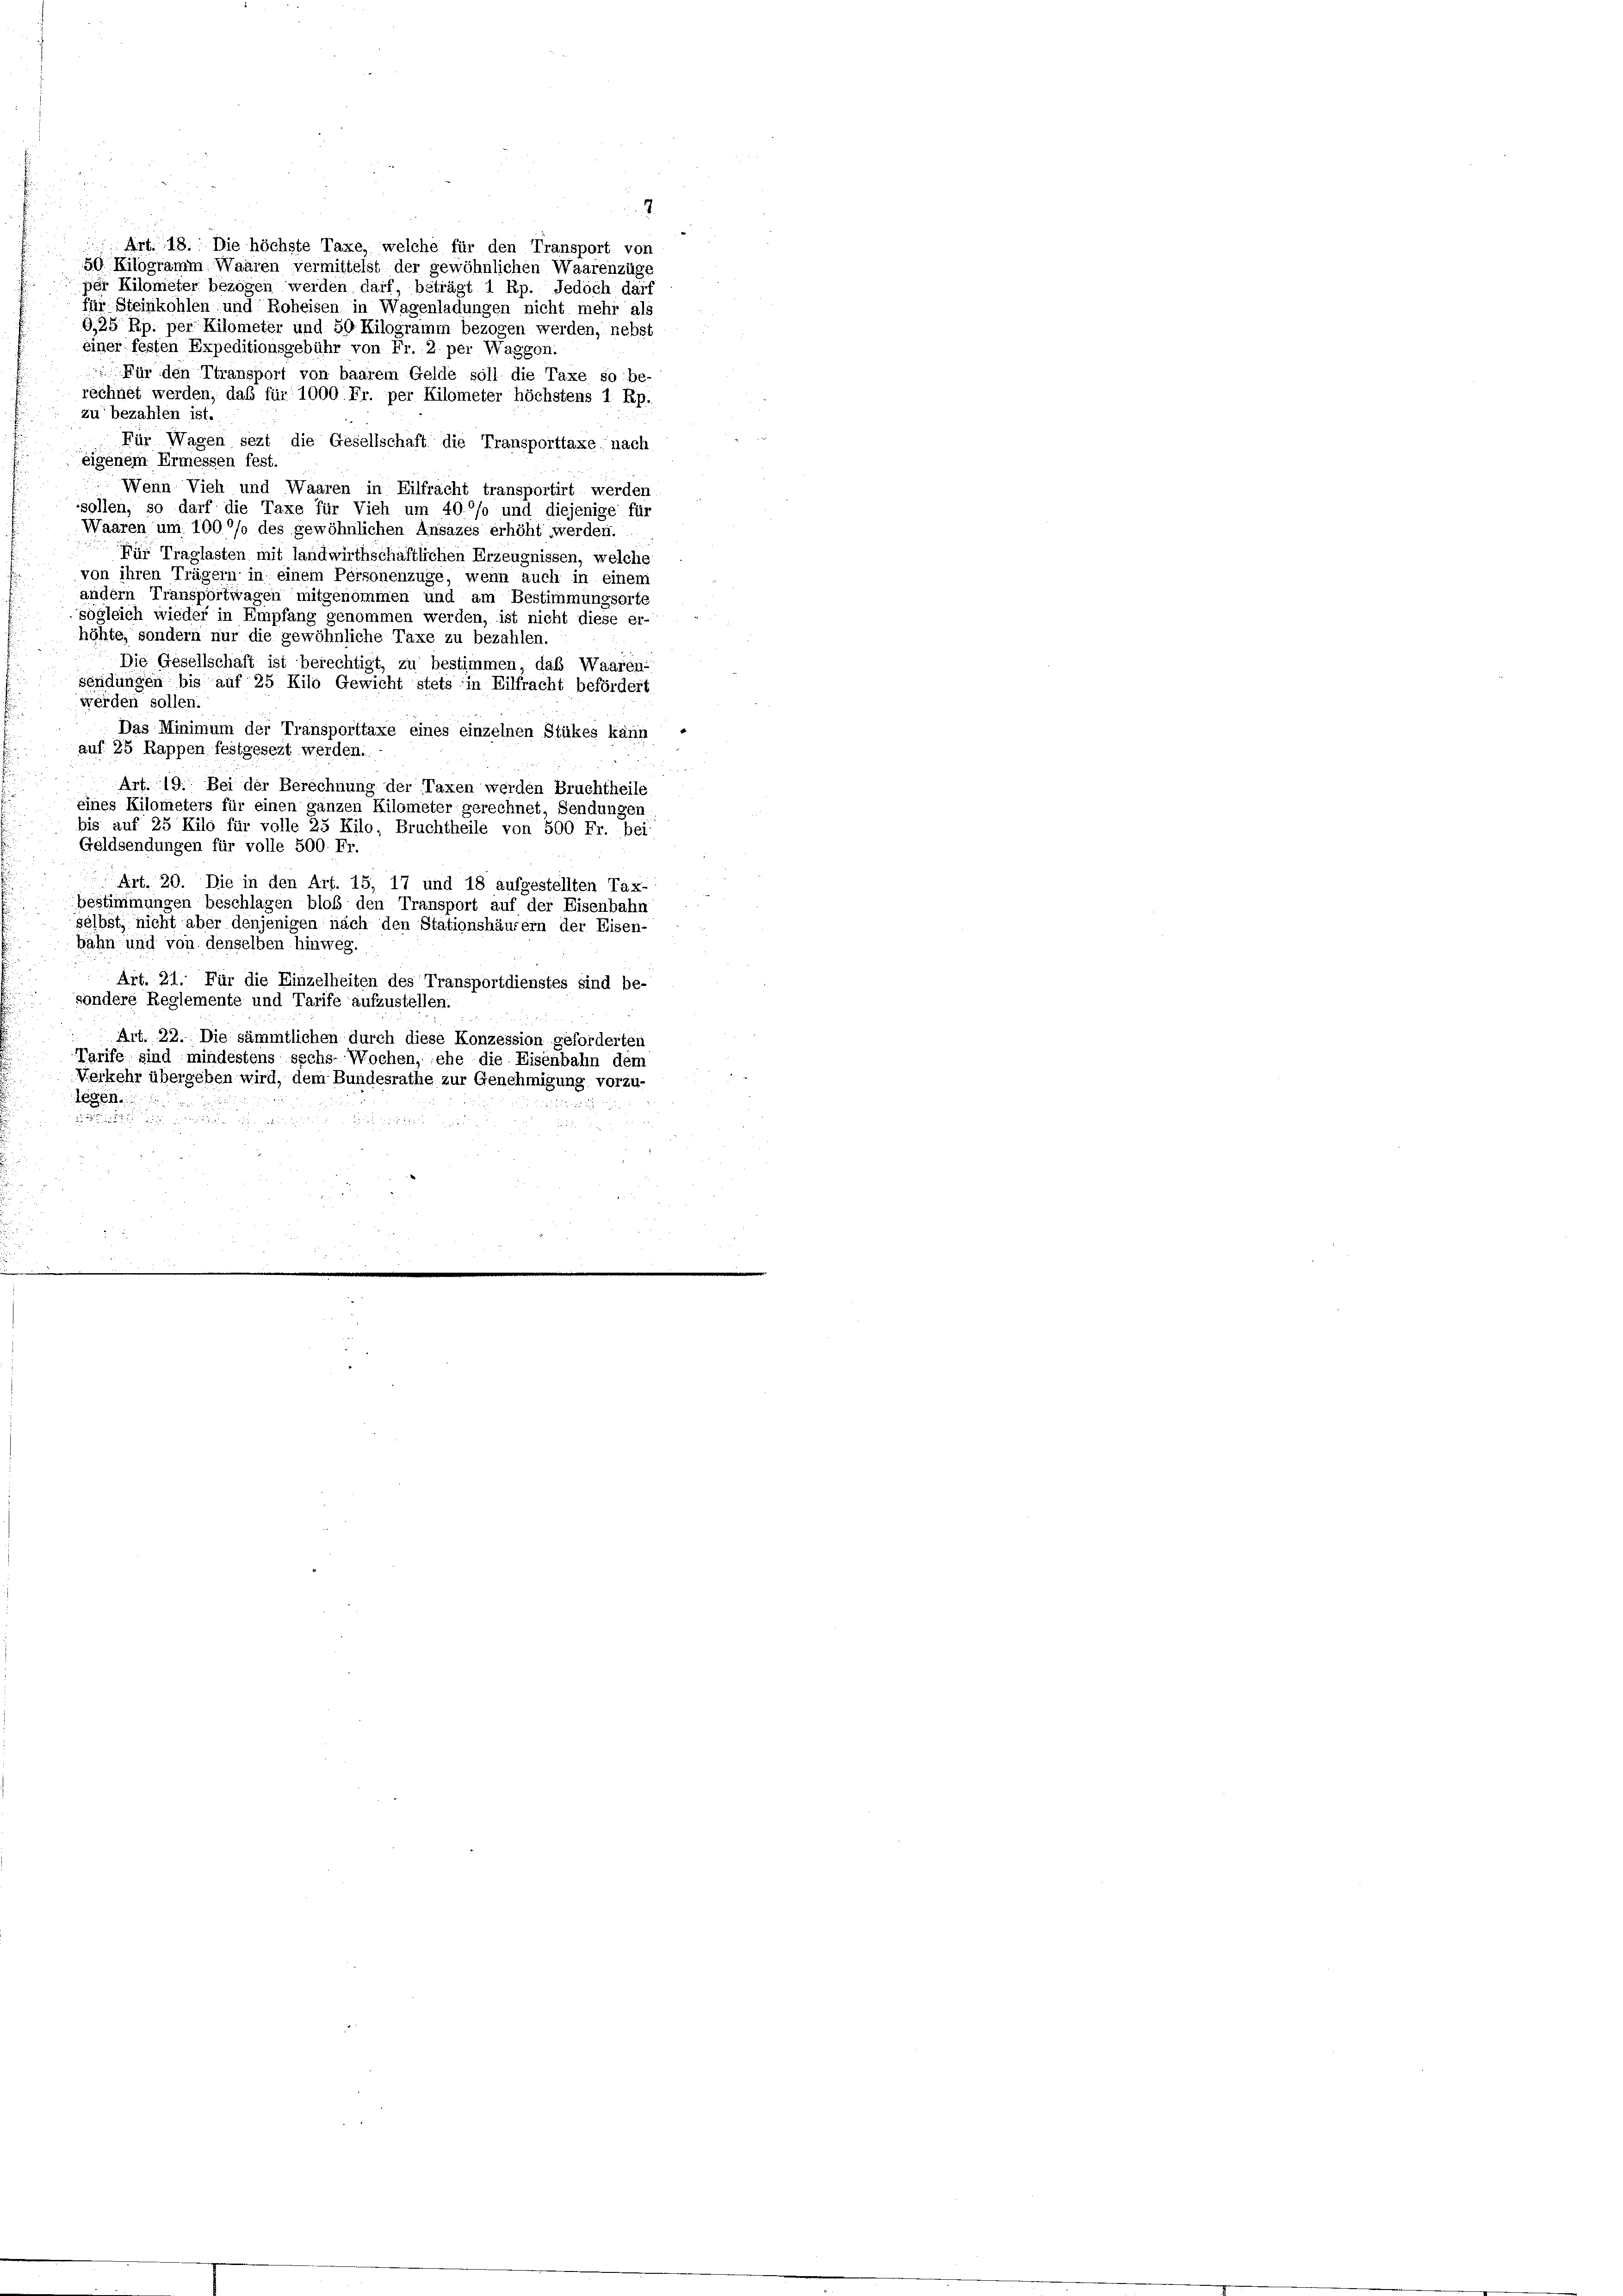
rechnet werden, daß für 1000 Fr. per Kilometer höchstens 1 Rp.
zu bezahlen ist.
Für Wagen sezt die Gesellschaft die Transporttaxe nach
eigenem Ermessen fest.
Wenn Vieh und Waaren in Eilfracht transportirt werden
sollen, so darf die Taxe für Vieh um 40°/o und diejenige für
Waaren um 100% des gewöhnlichen Ansazes erhöht werden.
Für Traglasten mit landwirthschaftlichen Erzeugnissen, welche
von ihren Trägern in einem Personenzuge, wenn auch in einem
andern Transportwagen mitgenommen und am Bestimmungsorte
sogleich wieder in Empfang genommen werden, ist nicht diese er-
höhte, sondern nur die gewöhnliche Taxe zu bezahlen.
Die Gesellschaft ist berechtigt, zu bestimmen, das Waaren-
sendungen bis auf 25 Kilo Gewicht stets in Eilfracht befördert
werden sollen.
Das Minimum der Transporttaxe eines einzelnen Stükes kann
auf 25 Rappen festgesezt werden.
Art. 19. Bei der Berechnung der Taxen werden Bruchtheile
eines Kilometers für einen ganzen Kilometer gerechnet, Sendungen
bis auf 25 Kilo für volle 25 Kilo, Bruchtheile von 500 Fr. bei
Geldsendungen für volle 500. Fr.
Art. 20. Die in den Art. 15, 17 und 18 aufgestellten Tax-
bestimmungen beschlagen bloß den Transport auf der Eisenbahn
selbst, nicht aber denjenigen nach den Stationshäusern der Eisen-
bahn und von denselben hinweg.
Art. 21. Für die Einzelheiten des Transportdienstes sind be-
sondere Reglemente und Tarife aufzustellen.
Art. 22. Die sämmtlichen durch diese Konzession geforderten
Tarife sind mindestens sechs- Wochen, ehe die Eisenbahn dem
Verkehr übergeben wird, dem Bundesrathe zur Genehmigung vorzu-
8

Art. 18. Die höchste Taxe, welche für den Transport von
50 Kilogramm. Waaren vermittelst der gewöhnlichen Waarenzüge
per Kilometer bezogen werden darf, beträgt 1 Rp. Jedoch darf
für Steinkohlen und Roheisen in Wagenladungen nicht mehr als
G.25 Rp. per Kilometer und 50 Kilogramm bezogen werden, nebst
einer festen Expeditionsgebühr von Fr. 2 per Waggon.
Für den Transport von baarem Gelde soll die Taxe so be